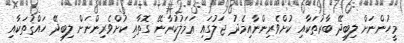
މީހުންނަށް ލިބިދޭ ބާރުތަކާއި ކުށްވެރިންނާއިމެދު ޖަލުގައި ޢަމަލުކުރާނޭ ގޮތާއި ކުށްވެރިންނަށް ލިބިދޭ ހައްޤުތަކާއި